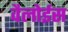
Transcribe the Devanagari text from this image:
वैलोईस